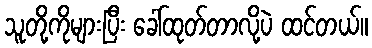
သူတို့ကိုများပြီး ခေါ်ထုတ်တာလို့ပဲ ထင်တယ်။